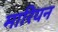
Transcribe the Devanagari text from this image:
मारियन